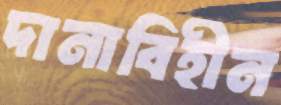
দানাবিহীন